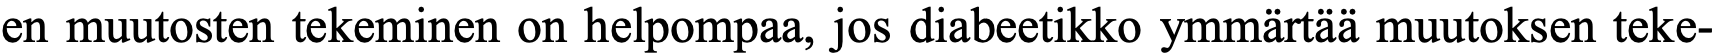
en muutosten tekeminen on helpompaa, jos diabeetikko ymmärtää muutoksen teke-